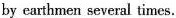
by earthmen several times.